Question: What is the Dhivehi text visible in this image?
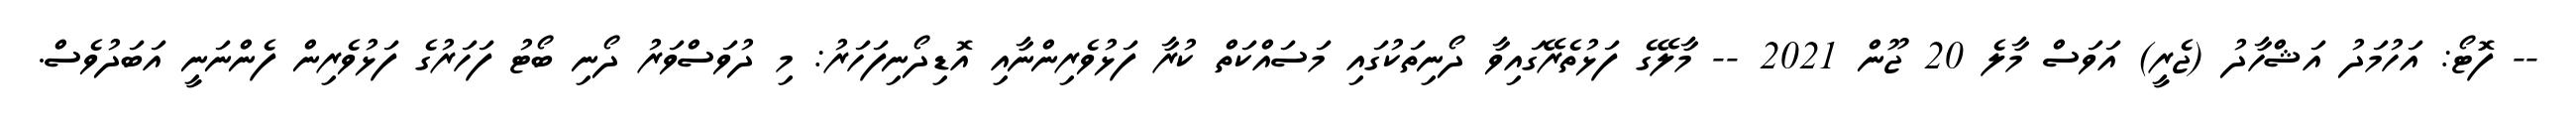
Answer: -- ފޮޓޯ: އަހުމަދު އަޝްހާދު (ޖެރީ) އަވަސް މާލެ 20 ޖޫން 2021 -- މާލޭގެ ފަޅުތެރޭގައިވާ ދޯނިތަކުގައި މަސައްކަތް ކުރާ ފަޅުވެރިންނާއި އޮޑިދޯނިފަހަރު: މި ދުވަސްވަރު ދޯނި ބޯޓު ފަހަރުގެ ފަޅުވެރިން ފެންނަނީ އަބަދުވެސް.